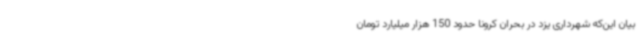
بیان این‌که شهرداری یزد در بحران کرونا حدود 150 هزار میلیارد تومان